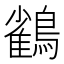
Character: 𮭕